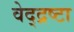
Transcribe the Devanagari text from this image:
वेद्द्रष्टा